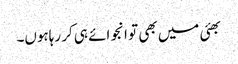
بھئی میں بھی تو انجوائے ہی کر رہاہوں۔